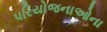
પરિયોજનાઓના